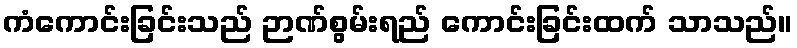
ကံကောင်းခြင်းသည် ဉာဏ်စွမ်းရည် ကောင်းခြင်းထက် သာသည်။